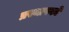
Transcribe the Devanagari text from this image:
प्रस्थापकों